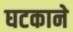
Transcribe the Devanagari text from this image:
घटकाने